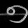
Digit: ၅